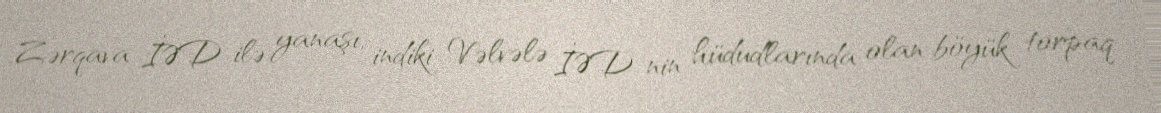
Zərqava İƏD ilə yanaşı, indiki Vəlvələ İƏD-nin hüdudlarında olan böyük torpaq